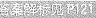
答案解析见 P121